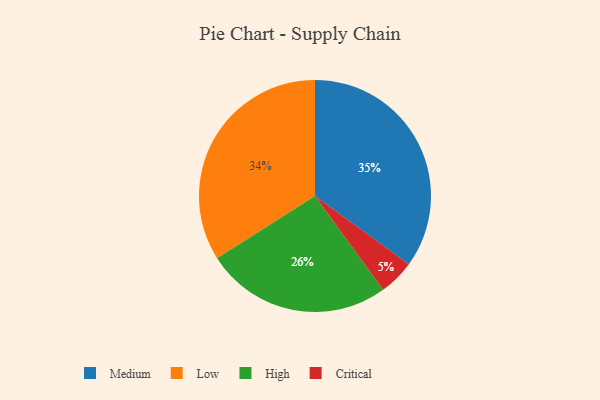
{"axis": {"x": "Category", "y": "Percentage"}, "legend": ["Critical", "High", "Low", "Medium"], "data": [{"x": "Low", "y": 34, "type": "Low"}, {"x": "High", "y": 26, "type": "High"}, {"x": "Critical", "y": 5, "type": "Critical"}, {"x": "Medium", "y": 35, "type": "Medium"}]}